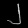
Digit: ၂